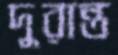
দুরান্ত